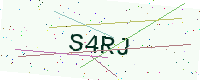
Text: S4RJ